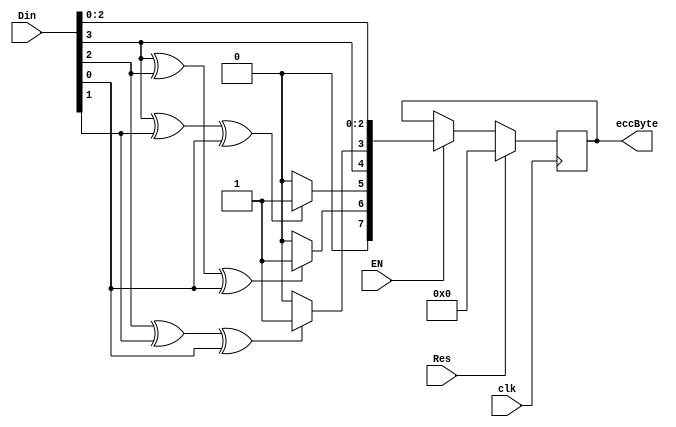
//-------------------------------------------------------------------------
//  >>>>>>>>>>>>>>>>>>>>>>>>> COPYRIGHT NOTICE <<<<<<<<<<<<<<<<<<<<<<<<<
//-------------------------------------------------------------------------
//  Copyright (c) 2006-2010 by Lattice Semiconductor Corporation
//
//-------------------------------------------------------------------------
// Permission:
//
//   Lattice Semiconductor grants permission to use this code for use
//   in synthesis for any Lattice programmable logic product.  Other
//   use of this code, including the selling or duplication of any
//   portion is strictly prohibited.
//
// Disclaimer:
//
//   This VHDL or Verilog source code is intended as a design reference
//   which illustrates how these types of functions can be implemented.
//   It is the user's responsibility to verify their design for
//   consistency and functionality through the use of formal
//   verification methods.  Lattice Semiconductor provides no warranty
//   regarding the use or functionality of this code.
//-------------------------------------------------------------------------
//
//    Lattice Semiconductor Corporation
//    5555 NE Moore Court
//    Hillsboro, OR 97124
//    U.S.A
//
//    TEL: 1-800-Lattice (USA and Canada)
//    503-268-8001 (other locations)
//
//    web: http://www.latticesemi.com/
//
//-------------------------------------------------------------------------
//
// Revision History :
// --------------------------------------------------------------------
//   Ver  :| Author :| Mod. Date :| Changes Made:
//   V01.0:| A.Y    :| 09/30/06  :| Initial ver
//   v01.1:| J.T    :| 06/21/09  :| juse (7,4) hamming code
// --------------------------------------------------------------------
//
//
//Description of module:
//--------------------------------------------------------------------------------
// (7,4) hamming code
// --------------------------------------------------------------------
`timescale 1 ns / 1 ps

module H_gen(
      clk ,
      Res ,
      Din ,
      EN ,//  -- enable ECC

      eccByte

 );
 input     clk ;
 input     Res ;
 input [3:0]    Din ;
 input     EN ; // -- enable ECC

 output reg [7:0]   eccByte;

wire rp1,rp2,rp3;
wire [7:0] ecc;
assign rp1= ((Din[3] ^ Din[2] ^ Din[0])==1'b1)?1:0;
assign rp2= ((Din[3] ^ Din[1] ^ Din[0])==1'b1)?1:0;
assign rp3= ((Din[2] ^ Din[1] ^ Din[0])==1'b1)?1:0;

assign ecc[7]=1'b0;
assign ecc[6]=rp1;
assign ecc[5]=rp2;
assign ecc[4]=Din[3];
assign ecc[3]=rp3;
assign ecc[2]=Din[2];
assign ecc[1]=Din[1];
assign ecc[0]=Din[0];


always@(posedge clk)
  if (Res) begin
      eccByte<=8'h00;
  end else if (EN) begin
      eccByte<=ecc;
    end
endmodule